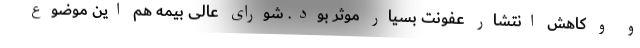
و و کاهش انتشار عفونت بسیار موثر بود. شورای عالی بیمه هم این موضوع